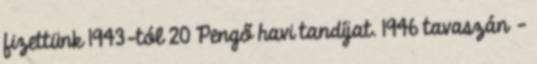
fizettünk 1943-tól 20 Pengő havi tandíjat. 1946 tavaszán –